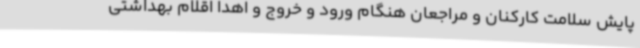
پایش سلامت کارکنان و مراجعان هنگام ورود و خروج و اهدا اقلام بهداشتی